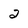
Character: 2